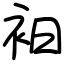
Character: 衵